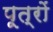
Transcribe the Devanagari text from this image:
पूत्रों